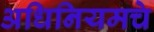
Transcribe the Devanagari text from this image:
अधिनियमचे